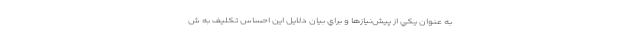
به عنوان يكي از پيش‌نيازها و براي بيان دلايل اين احساس تكليف به ش